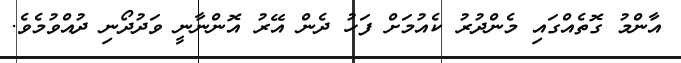
އާންމު ގޮތެއްގައި މެންދުރު ކެއުމަށް ފަހު ދެން އޭރު އޮންނާނީ ވަދުދޯނި ދުއްވުމެވެ.